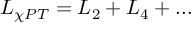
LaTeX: { \cal L } _ { \chi P T } = { \cal L } _ { 2 } + { \cal L } _ { 4 } + . . .